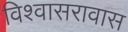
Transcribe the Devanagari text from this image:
विश्वासरावास